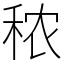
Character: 秾